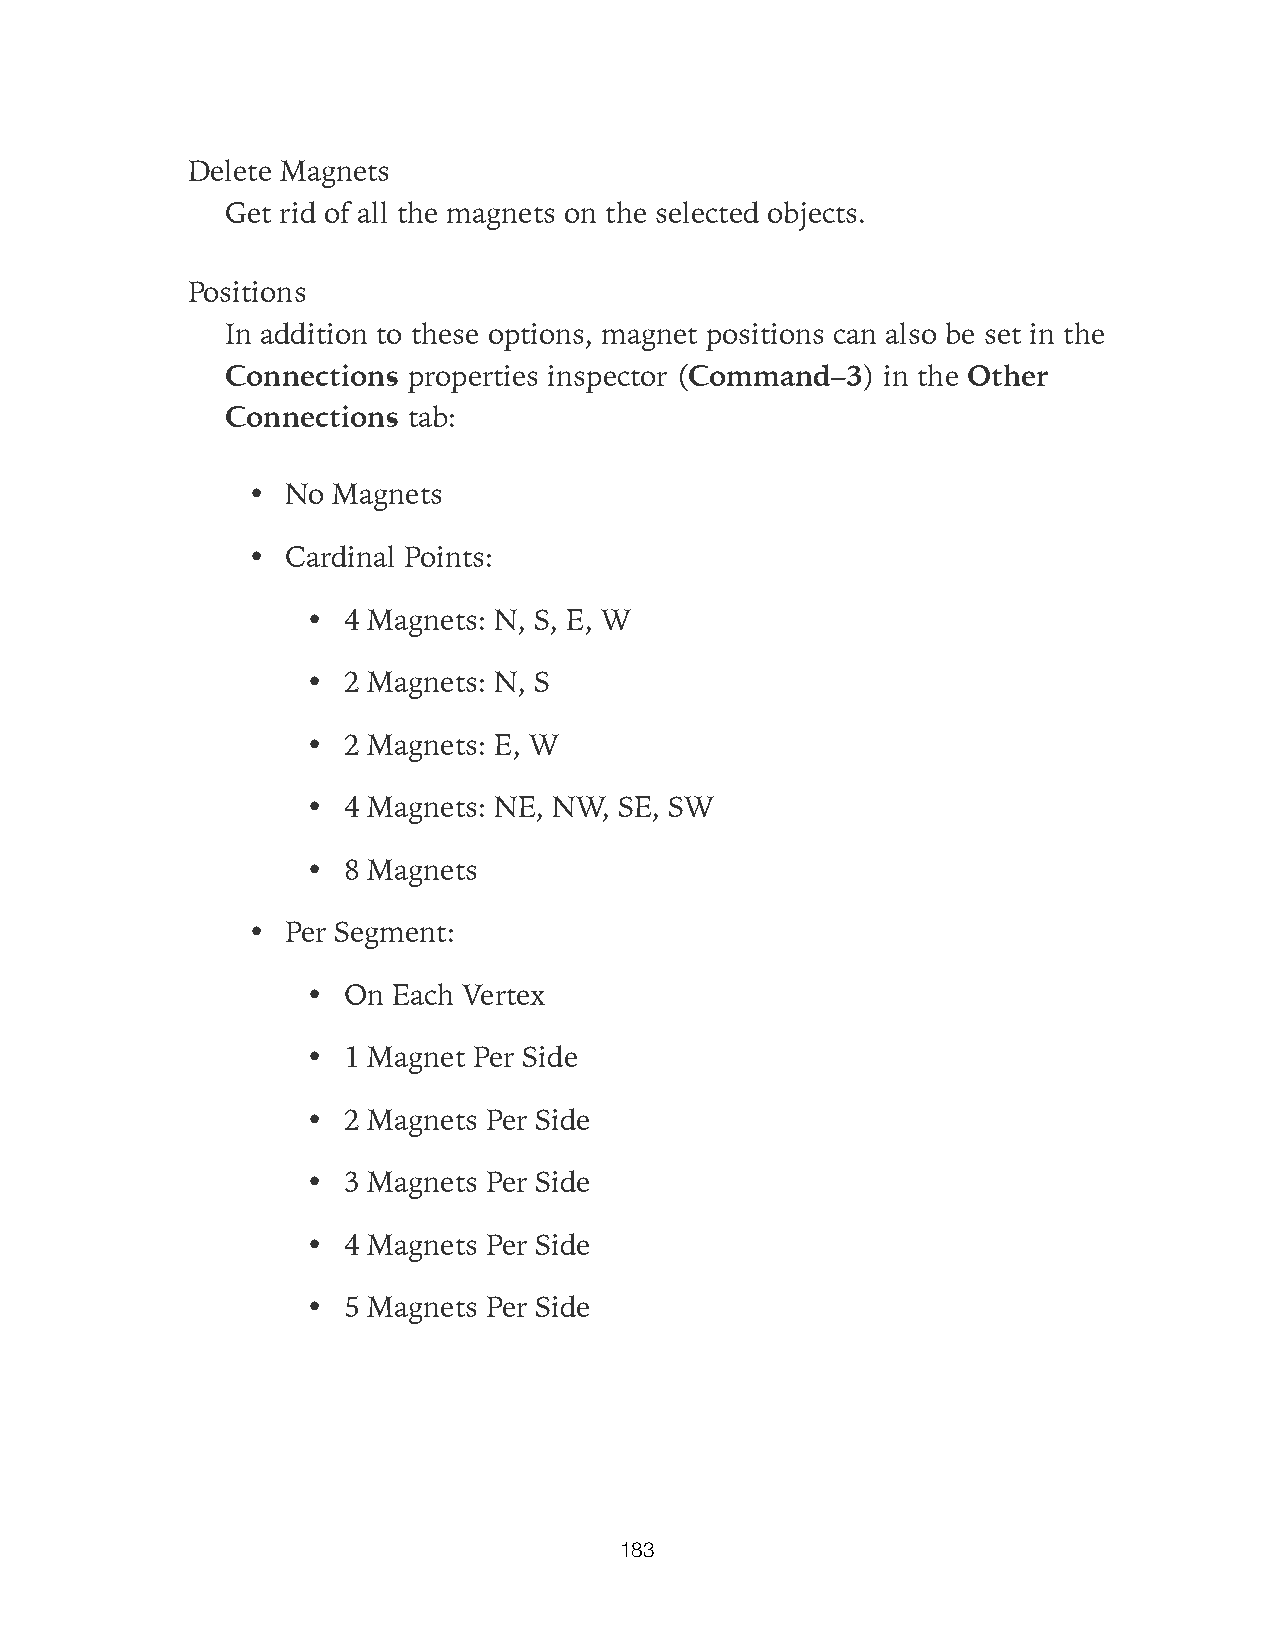
Delete Magnets
 Get rid of all the magnets on the selected objects.
 Positions
 In addition to these options, magnet positions can also be set in the
 Connections properties inspector (Command–3) in the Other
 Connections tab:
 •  No Magnets
 •  Cardinal Points:
 •  4 Magnets: N, S, E, W
 •  2 Magnets: N, S
 •  2 Magnets: E, W
 •  4 Magnets: NE, NW, SE, SW
 •  8 Magnets
 •  Per Segment:
 •  On Each Vertex
 •  1 Magnet Per Side
 •  2 Magnets Per Side
 •  3 Magnets Per Side
 •  4 Magnets Per Side
 •  5 Magnets Per Side
 183